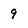
Character: 9